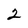
Character: 2